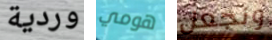
وردية هومي ونجعل